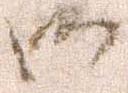
御